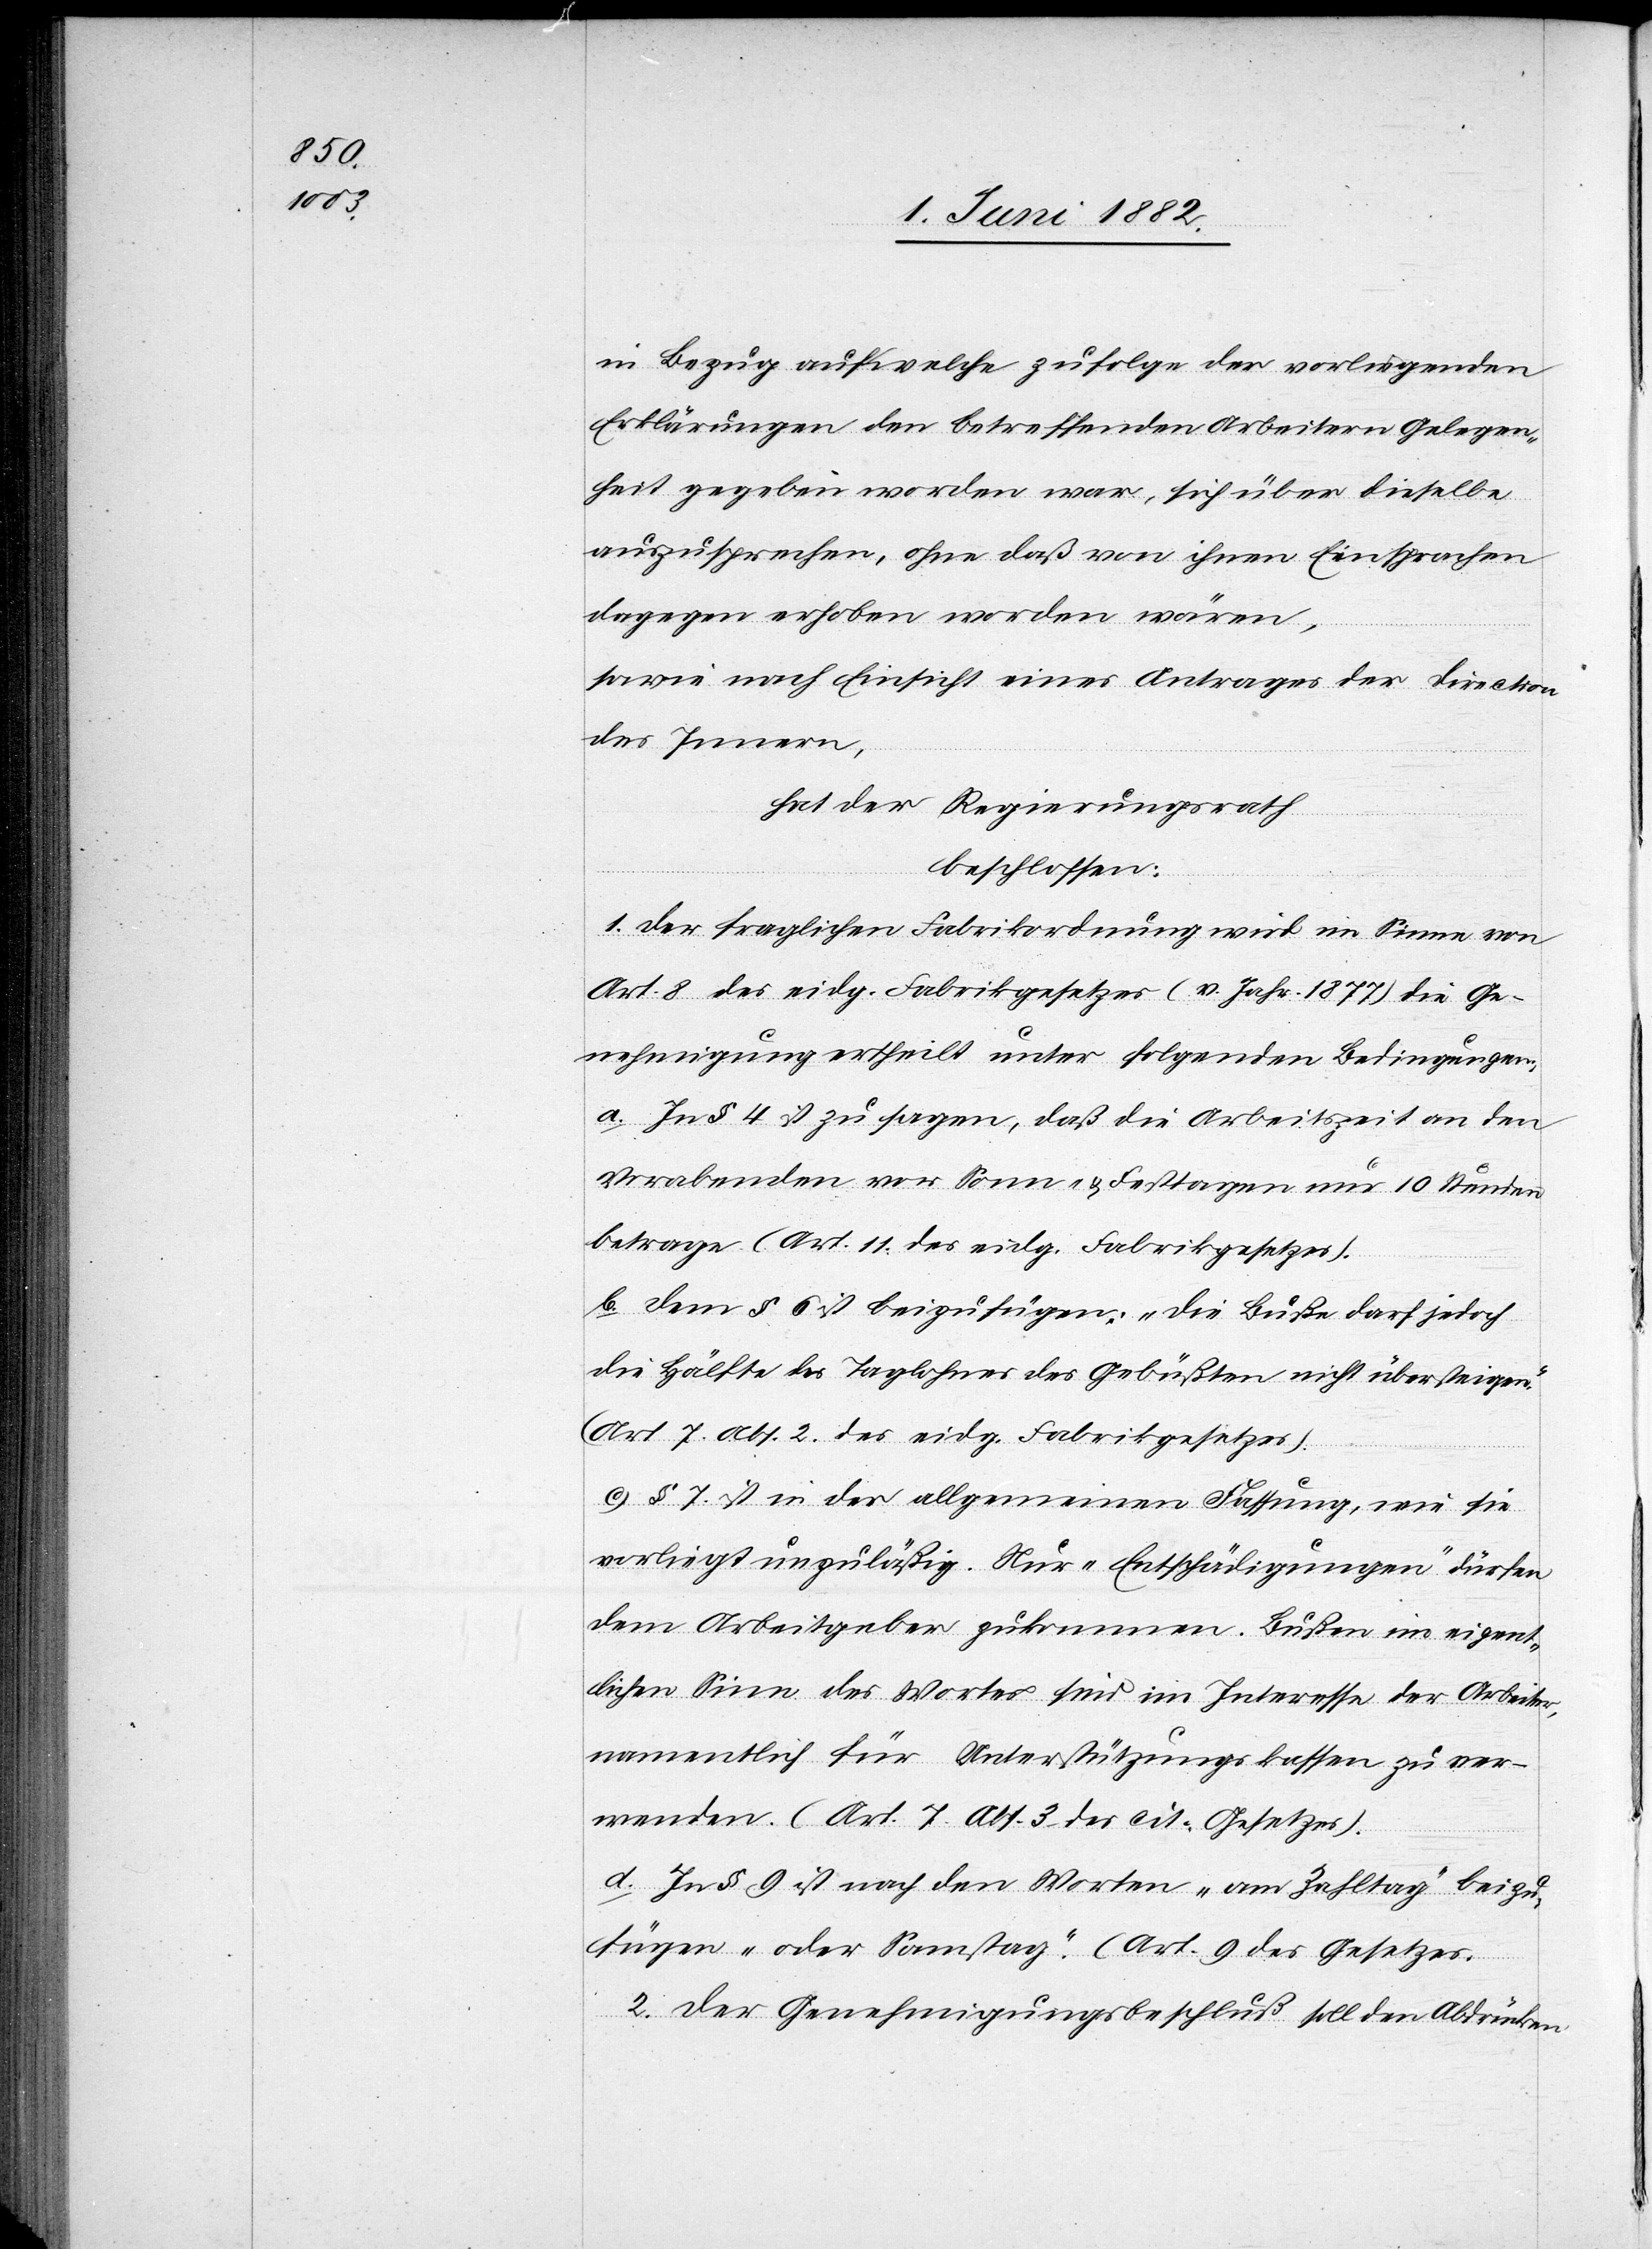
im Bezug auf welche zufolge der vorliegenden
Erklärungen den betreffenden Arbeitern Gelegen¬
heit gegeben worden war, sich über dieselbe
auszusprechen, ohne daß von ihnen Einsprachen
dagegen erhoben worden wären,
sowie nach Einsicht eines Antrages der Direction
des Innern,
hat der Regierungsrath,
beschlossen:
1. Der fraglichen Fabrikordnung wird im Sinne von
Art. 8 des eidg. Fabrikgesetzes (v. Jahr 1877) die Ge¬
nehmigung ertheilt unter folgenden Bedingungen:
a. In § 4 ist zu sagen, daß die Arbeitszeit an den
Vorabenden vor Sonn- & Festtagen nur 10 Stunden
betrage (Art. 11 des eidg. Fabrikgesetzes).
b. Dem § 6 ist beizufügen: „Die Buße darf jedoch
die Hälfte des Taglohnes des Gebüßten nicht übersteigen.“
(Art. 7 Abs. 2 des eidg. Fabrikgesetzes).
c. § 7 ist in der allgemeinen Fassung, wie sie
vorliegt unzuläßig. Nur „Entschädigungen“ dürfen
dem Arbeitgeber zukommen. Bußen im eigent¬
lichen Sinne des Wortes sind im Interesse der Arbeiter,
namentlich für Unterstützungskassen zu ver¬
wenden. (Art. 7 Abs. 3 des cit. Gesetzes).
d. In § 9 ist nach den Worten „am Zahltag“ beizu¬
fügen „oder Sonntag“. (Art. 9 des Gesetzes).
2. Der Genehmigungsbeschluß soll den Abdrücken